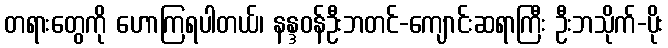
တရားတွေကို ဟောကြရပါတယ်၊ နန္ဒဝန်ဦးဘတင်-ကျောင်းဆရာကြီး ဦးဘသိုက်-ပိုး